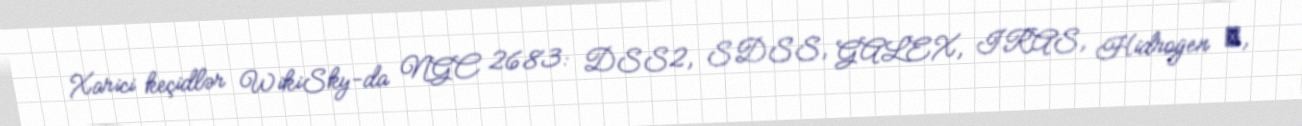
Xarici keçidlər WikiSky-da NGC 2683: DSS2, SDSS, GALEX, IRAS, Hidrogen α,